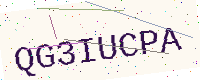
Text: QG3IUCPA